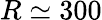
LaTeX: R\simeq 300